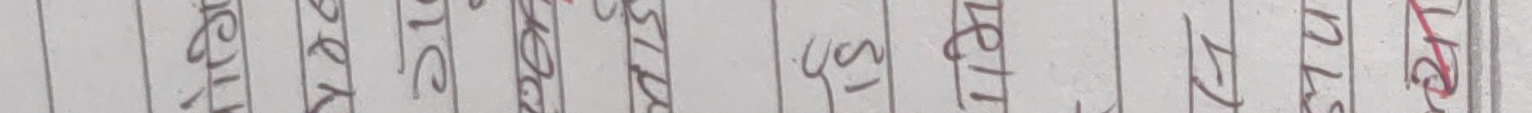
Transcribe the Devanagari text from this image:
अंग्रेशी भाषा को एउटा सरल उपाय जी इन N 246